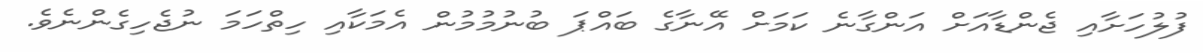
ފުލުހަށާއި ޖެންޑާއަށް އަންގާނެ ކަމަށް އޭނާގެ ބައްޕަ ބުނުމުމުން އެމަކާއި ހިތްހަމަ ނުޖެހިގެންނެވެ.